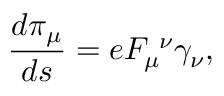
\frac { d \pi _ { \mu } } { d s } = e F _ { \mu } ^ { \ \nu } \gamma _ { \nu } ,